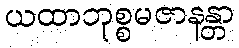
ယထာဘုစ္စမဇာနန္တာ